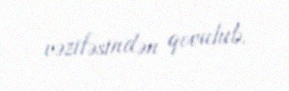
vəzifəsindən qovulub.